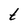
Character: t